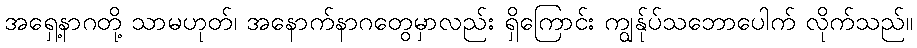
အရှေ့နာဂတို့ သာမဟုတ်၊ အနောက်နာဂတွေမှာလည်း ရှိကြောင်း ကျွန်ုပ်သဘောပေါက် လိုက်သည်။